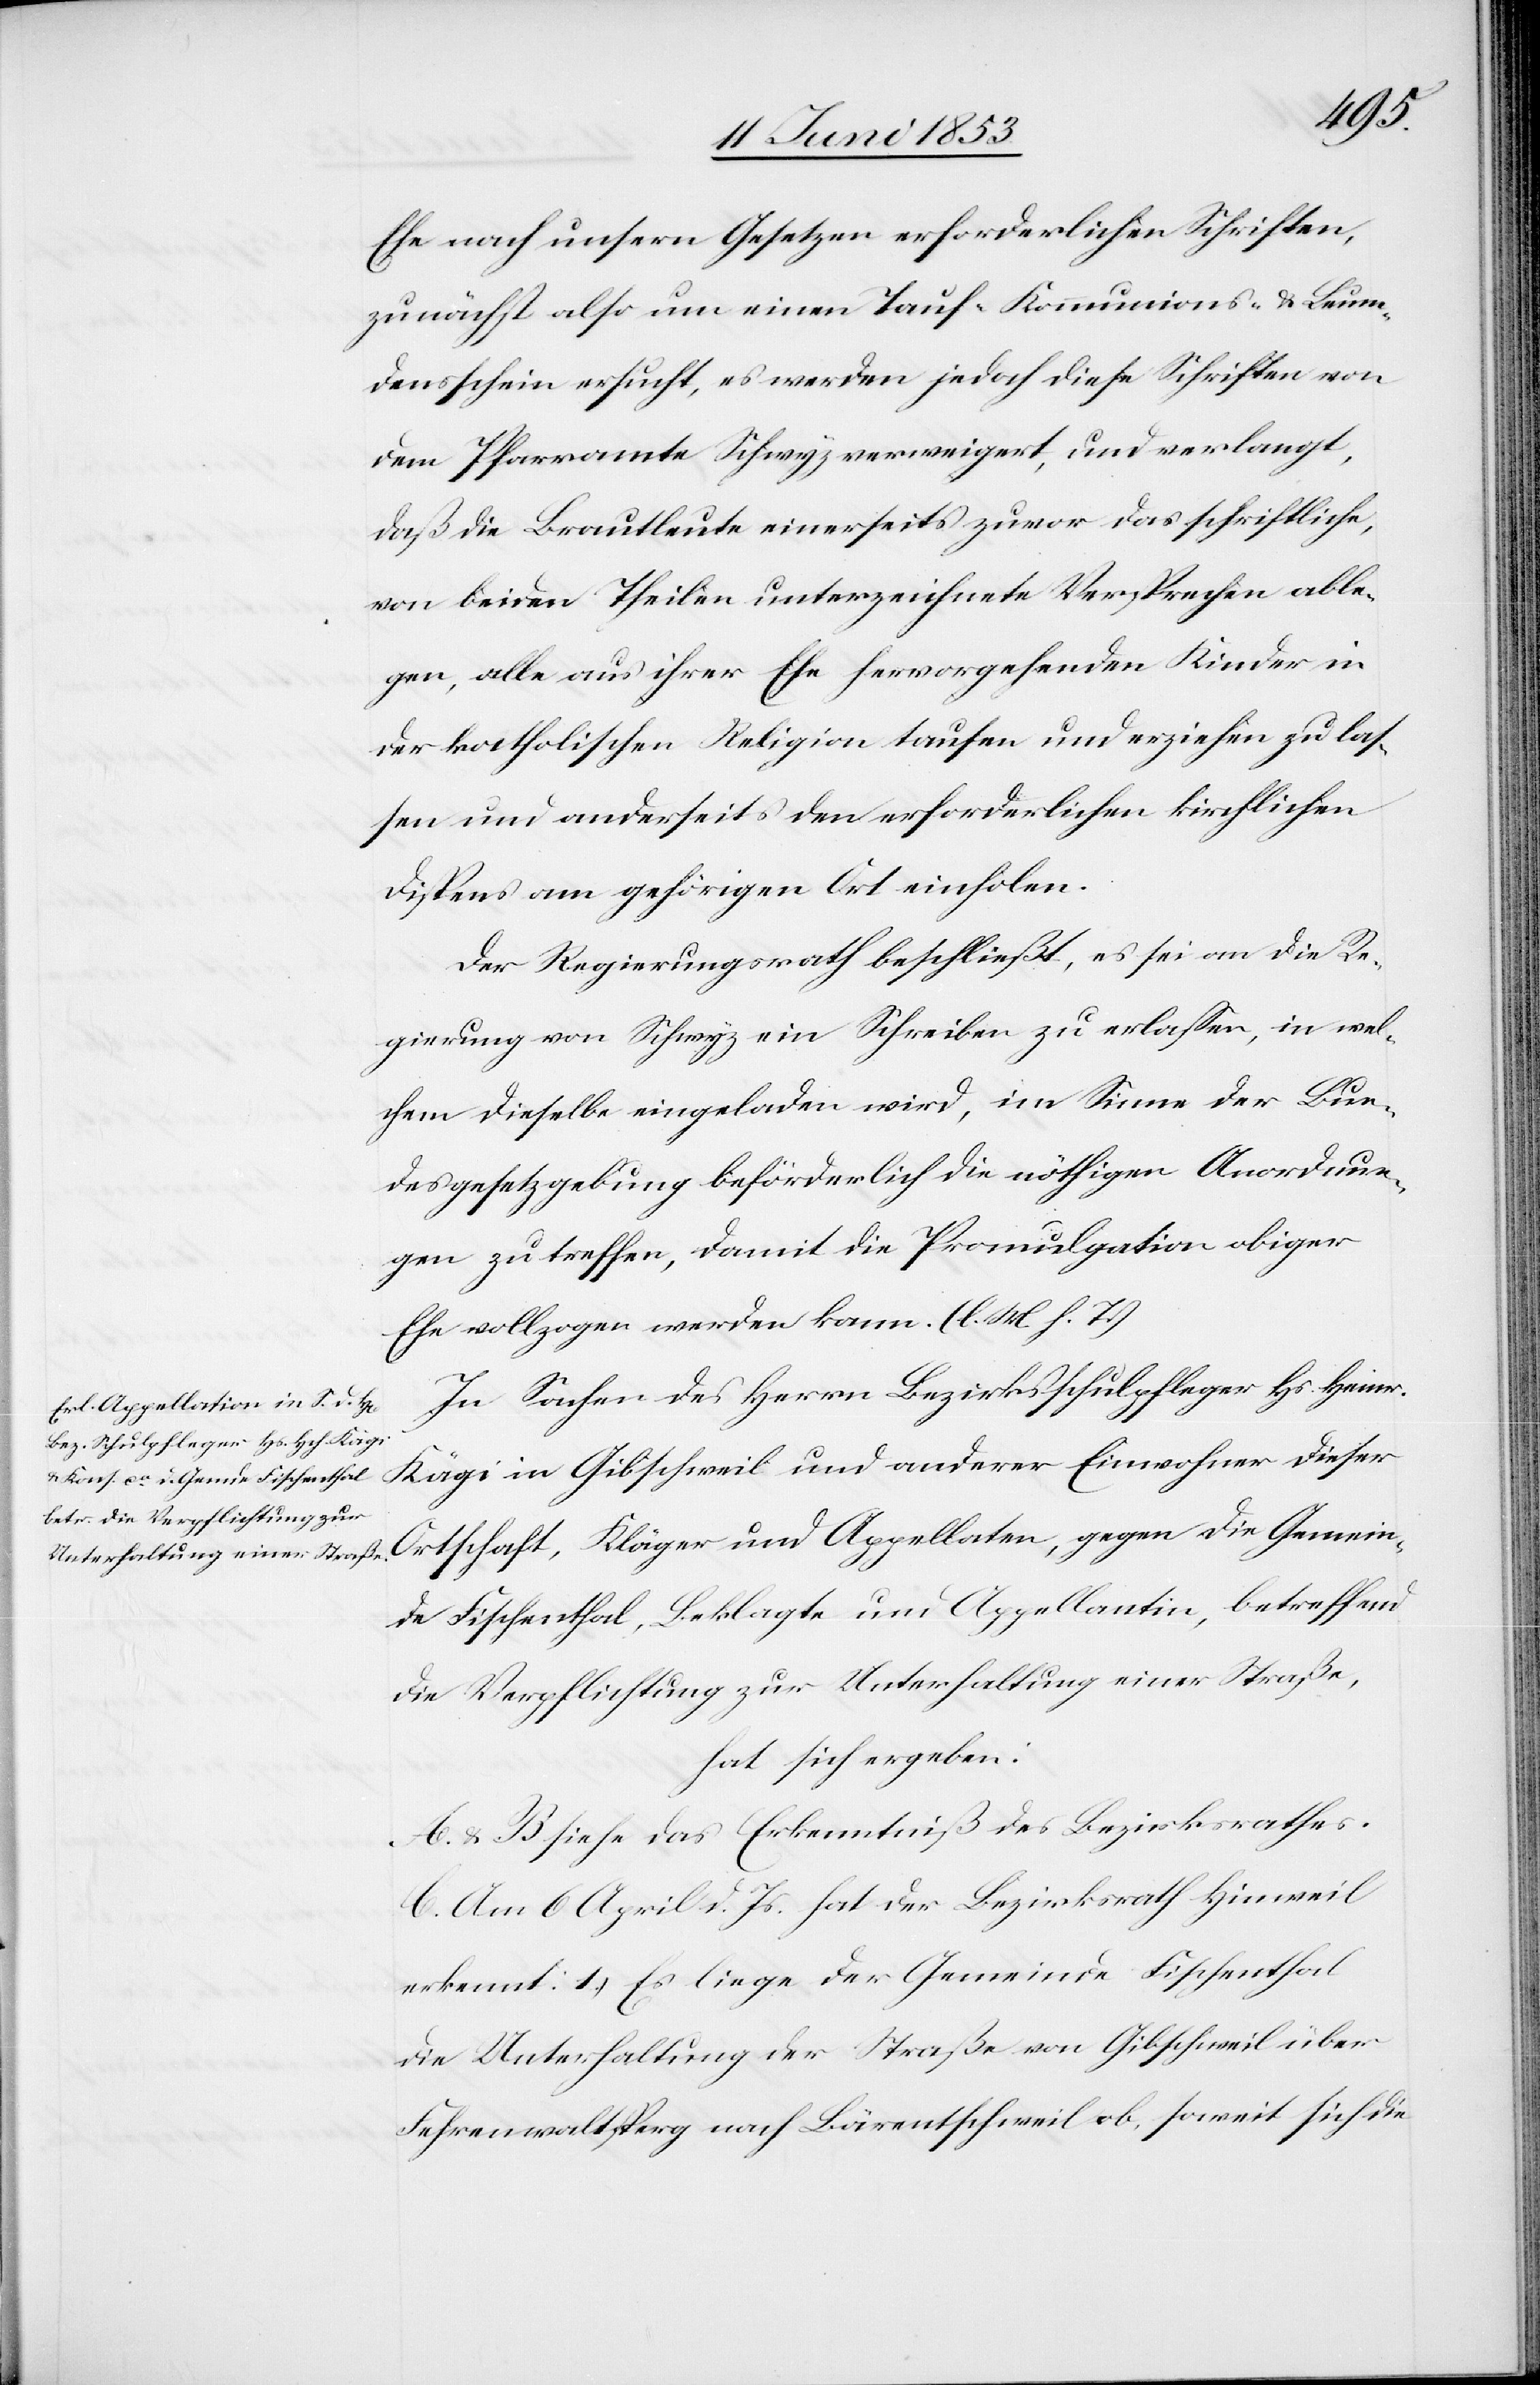
ramte
Ehe nach unsern Gesetzen erforderlichen Schriften,
zunächst also um einen Tauf- Kommunions- u. Leum¬
densschein ersucht, es werden jedoch Schriften von dem Pfar¬
daß die Brautleute einerseits zuvor das schriftliche,
von beiden Theilen unterzeichnete Versprechen able¬
gen, alle aus ihrer Ehe hervorgehenden Kinder in
der katholischen Religion taufen und erziehen zu las¬
sen und anderseits den erforderlichen kirchlichen
Dispens am gehörigen Ort einholen.
Der Regierungsrath beschließt, es sei an die Re¬
gierung von Schwyz ein Schreiben zu erlaßen, in wel¬
chem dieselbe eingeladen wird, im Sinne der Bun¬
desgesetzgebung beförderlich die nöthigen Anordnun¬
gen zu treffen, damit die Promulgation obiger
Ehe vollzogen werden kann. [l. M. h. T]
In Sachen des Herrn Bezirksschulpfleger Hs. Heinr.
Kägi in Gibschweil und anderer Einwohner dieser
Ortschaft, Kläger und Appellaten, gegen die Gemein¬
de Fischenthal, Beklagte und Appellantin, betreffend
die Verpflichtung zur Unterhaltung einer Straße,
hat sich ergeben:
A. u. B. siehe das Erkenntniß des Bezirksrathes.
C. Am 6 April d. Js. hat der Bezirksrath Hinweil
erkennt: 1) Es liege der Gemeinde Fischenthal
die Unterhaltung der Straße von Gibschweil über
Fehrenwaldsperg nach Bärentschweil ob, soweit sich die